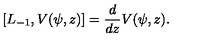
[ L _ { - 1 } , V ( \psi , z ) ] = { \frac { d } { d z } } V ( \psi , z ) .